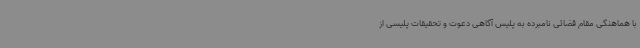
با هماهنگی مقام قضائی نامبرده به پلیس آگاهی دعوت و تحقیقات پلیسی از